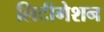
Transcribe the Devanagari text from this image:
लिटीगेशन